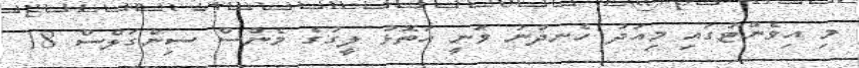
މި އިވެންޓުގައި މިއަދު ހެނދުނު ވަނީ އަތޮޅު ލީގުގެ މެންސް ސިންގަލްސް 18